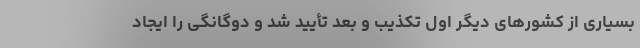
بسیاری از کشورهای دیگر اول تکذیب و بعد تأیید شد و دوگانگی را ایجاد